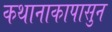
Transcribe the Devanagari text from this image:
कथानाकापासुन